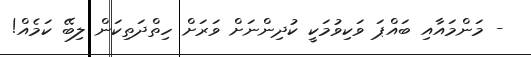
- މަންމައާއި ބައްޕަ ވަކިވުމަކީ ކުދިންނަށް ވަރަށް ހިތްދަތިކަން ލިބޭ ކަމެއް!